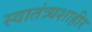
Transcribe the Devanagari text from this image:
स्वातंत्र्यशाहीर